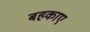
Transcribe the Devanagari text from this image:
बहकाए